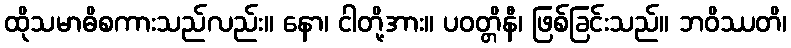
ထိုသမာဓိစကားသည်လည်း။ နော၊ ငါတို့အား။ ပဝတ္တိနီ၊ ဖြစ်ခြင်းသည်။ ဘဝိဿတိ၊